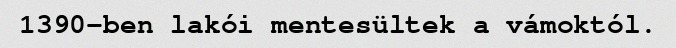
1390-ben lakói mentesültek a vámoktól.